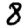
Digit: 8